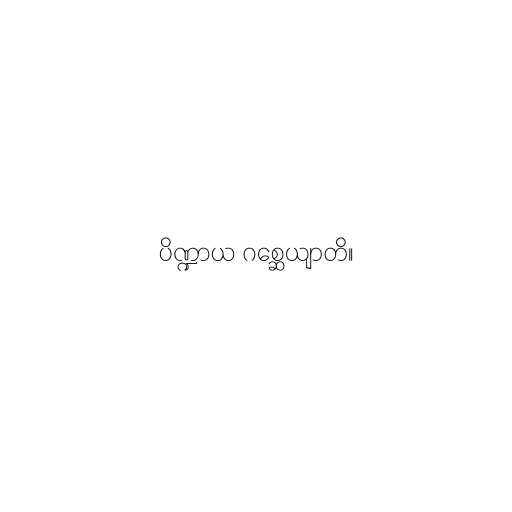
ပိဏ္ဍာယ ဂစ္ဆေယျာတိ။